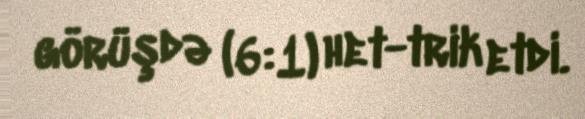
görüşdə (6:1) het-trik etdi.